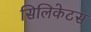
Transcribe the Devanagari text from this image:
सिलिकेटस